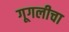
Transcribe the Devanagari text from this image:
गूगलीचा